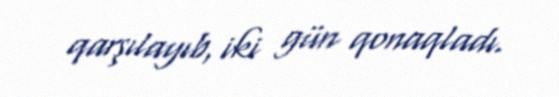
qarşılayıb, iki gün qonaqladı.